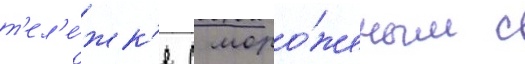
т'ел'е́жк'е с моро́женым с